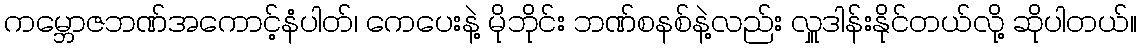
ကမ္ဘောဇဘဏ်အကောင့်နံပါတ်၊ ကေပေးနဲ့ မိုဘိုင်း ဘဏ်စနစ်နဲ့လည်း လှူဒါန်းနိုင်တယ်လို့ ဆိုပါတယ်။